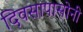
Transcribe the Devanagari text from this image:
दिवसापासोनी